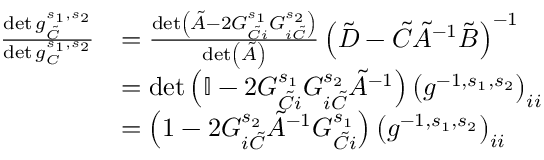
\begin{array} { r l } { \frac { \det g _ { \tilde { C } } ^ { s _ { 1 } , s _ { 2 } } } { \det g _ { C } ^ { s _ { 1 } , s _ { 2 } } } } & { = \frac { \det \left( \tilde { A } - 2 G _ { \tilde { C } i } ^ { s _ { 1 } } G _ { i \tilde { C } } ^ { s _ { 2 } } \right) } { \operatorname* { d e t } \left( \tilde { A } \right) } \left( \tilde { D } - \tilde { C } \tilde { A } ^ { - 1 } \tilde { B } \right) ^ { - 1 } } \\ & { = \operatorname* { d e t } \left( \mathbb { I } - 2 G _ { \tilde { C } i } ^ { s _ { 1 } } G _ { i \tilde { C } } ^ { s _ { 2 } } \tilde { A } ^ { - 1 } \right) \left( g ^ { - 1 , s _ { 1 } , s _ { 2 } } \right) _ { i i } } \\ & { = \left( 1 - 2 G _ { i \tilde { C } } ^ { s _ { 2 } } \tilde { A } ^ { - 1 } G _ { \tilde { C } i } ^ { s _ { 1 } } \right) \left( g ^ { - 1 , s _ { 1 } , s _ { 2 } } \right) _ { i i } } \end{array}